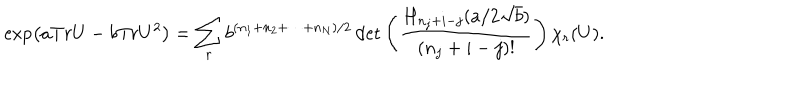
LaTeX: \exp \left( a T r U - b T r U ^ { 2 } \right) = \sum _ { r } b ^ { ( n _ { 1 } + n _ { 2 } + \cdots + n _ { N } ) / 2 } \det \left( \frac { H _ { n _ { j } + i - j } ( a / 2 \sqrt { b } ) } { ( n _ { j } + i - j ) ! } \right) \chi _ { r } ( U ) .